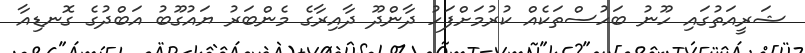
ޝަރީއަތުގައި ހޫނު ބަހުސްތަކެއް ކުރުމަށްފަހު ދާންދޫ ދާއިރާގެ މެންބަރު ޔައުގޫބު އަބްދުގެ ގޮނޑިއާ